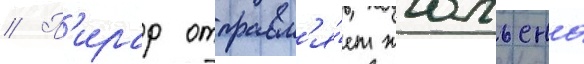
// П'ирар отправл'я́ет жюльена